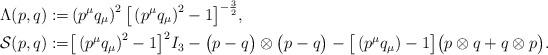
LaTeX: \begin{align*}\Lambda(p,q):=&\left(p^{\mu}q_{\mu}\right)^2\big[\left(p^{\mu}q_{\mu}\right)^2-1\big]^{-\frac{3}{2}},\\\mathcal{S}(p,q):=&\big[\left(p^{\mu}q_{\mu}\right)^2-1\big]^2I_3-\big(p-q\big)\otimes\big(p-q\big)-\big[\left(p^{\mu}q_{\mu}\right)-1\big]\big(p\otimes q+q\otimes p\big).\end{align*}